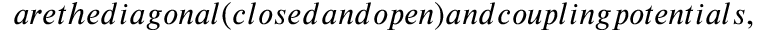
a r e t h e d i a g o n a l ( c l o s e d a n d o p e n ) a n d c o u p l i n g p o t e n t i a l s ,